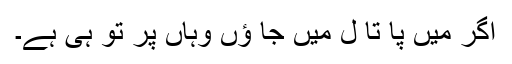
اگر میں پا تا ل میں جا ؤں وہاں پر تُو ہی ہے۔